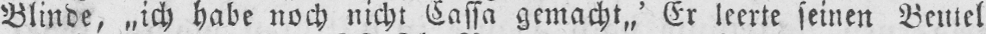
Blinde, „ich habe noch nicht Kassa gemacht,,’ Er leerte seinen Beutel